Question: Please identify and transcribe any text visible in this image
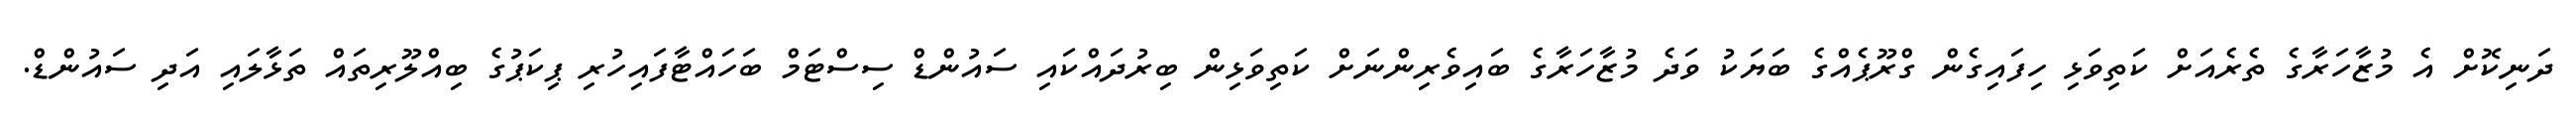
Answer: ދަނިކޮށް އެ މުޒާހަރާގެ ތެރެއަށް ކަތިވަޅި ހިފައިގެން ގްރޫޕެއްގެ ބަޔަކު ވަދެ މުޒާހަރާގެ ބައިވެރިންނަށް ކަތިވަޅިން ބިރުދައްކައި ސައުންޑް ސިސްޓަމް ބަހައްޓާފައިހުރި ޕިކަޕުގެ ބިއްލޫރިތައް ތަޅާލައި އަދި ސައުންޑް.